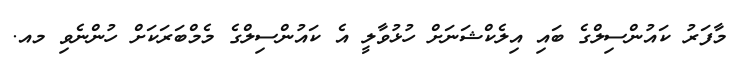
މާފަރު ކައުންސިލްގެ ބައި އިލެކްޝަނަށް ހުޅުވާލީ އެ ކައުންސިލްގެ މެމްބަރަކަށް ހުންނެވި މއ.